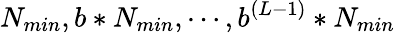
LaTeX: N_{min},b*N_{min},\cdots,b^{(L-1)}*N_{min}